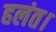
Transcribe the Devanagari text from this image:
हलंत।